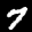
Label: 7